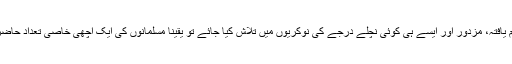
ہاں کم تعلیم یافتہ، مزدور اور ایسے ہی کوئی نچلے درجے کی نوکریوں میں تلاش کیا جائے تو یقینا مسلمانوں کی ایک اچھی خاصی تعداد حاضر ملے گی۔